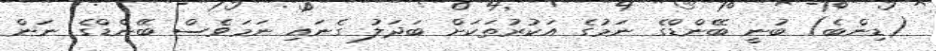
(ޑިންބެ) ބުނީ ބޭންޑްގެ ނަމުގެ އަކުރުތަކަށް ބަދަލު ގެނައި ނަމަވެސް ބޭންޑްގެ ނަން